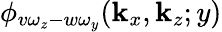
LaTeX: \phi_{v\omega_{z}-w\omega_{y}}(\mathbf{k}_{x},\mathbf{k}_{z};y)